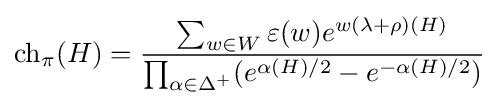
\operatorname {ch} _{\pi }(H)={\frac {\sum _{w\in W}\varepsilon (w)e^{w(\lambda +\rho )(H)}}{\prod _{\alpha \in \Delta ^{+}}(e^{\alpha (H)/2}-e^{-\alpha (H)/2})}}